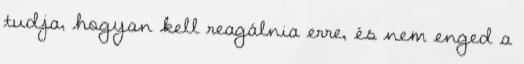
tudja, hogyan kell reagálnia erre, és nem enged a